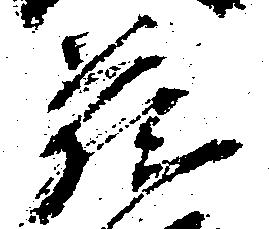
蔵